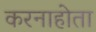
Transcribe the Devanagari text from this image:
करनाहोता